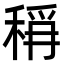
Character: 𮃎